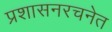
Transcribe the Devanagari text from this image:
प्रशासनरचनेत